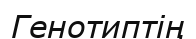
Генотиптің